Lunatic asylums Central Provinces reports 1886-1894 - 1886-1894
Year: 1886
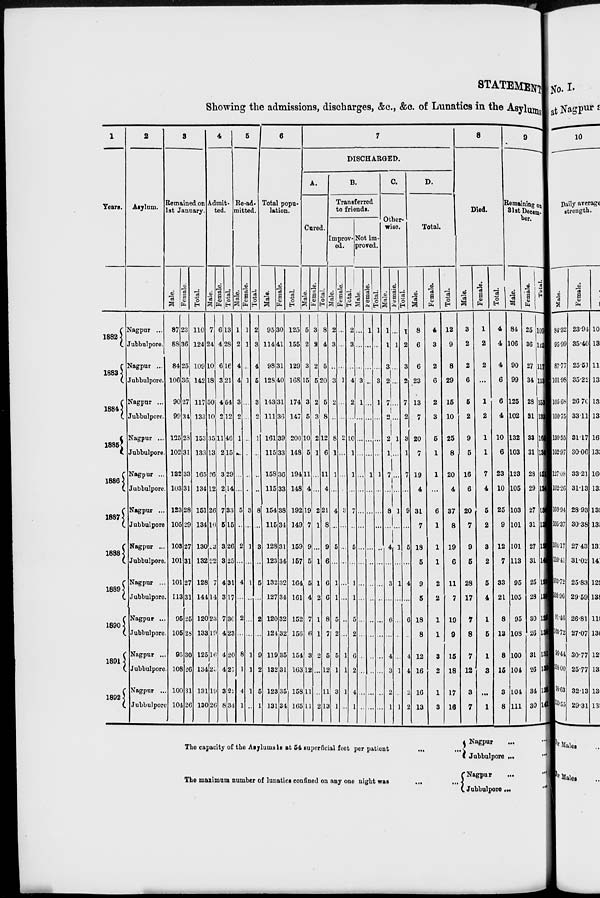
STATEMENT
Showing the admissions, discharges, &c., &c. of Lunatics in the Asylums
1
Years.
1882
1883
1884
1885
1886
1887
1888
1889
1890
1891
1892
2
Asylum.
Nagpur ...
Jubbulpore.
Nagpur ...
Jubbulpore.
Nagpur ...
Jubbulpore.
Nagpur ...
Jubbulpore.
Nagpur ...
Jubbulpore.
Nagpur ...
Jubbulpore
Nagpur ...
Jubbulpore.
Nagpur ...
Jubbulpore.
Nagpur ...
Jubbulpore.
Nagpur ...
Jubbulpore.
Nagpur ...
Jubbulpore.
3
Remained on
1st January.
Male.
87
88
84
106
90
99
135
102
132
103
123
105
103
101
101
113
95
105
95
108
100
104
Female.
23
36
25
36
27
34
28
31
33
31
28
29
27
31
27
31
25
28
30
26
31
26
Total.
110
124
109
142
117
133
153
133
165
134
151
134
130
132
128
144
120
133
125
134
131
130
4
Admit-
ted.
Male.
7
24
10
18
50
10
35
13
26
12
26
10
23
22
7
14
23
19
16
23
19
26
Female.
6
4
6
3
4
2
11
2
3
2
7
5
3
3
4
3
7
4
4
4
3
8
Total.
13
28
16
21
54
12
46
15
29
14
33
15
26
25
31
17
30
23
20
27
22
34
5
Re-ad-
mitted.
Male.
1
2
4
4
3
2
1
...
...
...
5
...
2
...
4
...
2
...
8
1
4
1
Female.
1
1
...
1
...
...
...
...
...
...
3
...
1
...
1
...
...
...
1
1
1
...
Total.
2
3
4
5
3
2
1
...
...
...
8
...
3
...
5
...
2
...
9
2
5
1
6
Total popu-
lation.
Male.
95
114
98
128
143
111
161
115
158
115
154
115
128
123
132
127
120
124
119
132
123
131
Female.
30
41
31
40
31
36
39
33
36
33
38
34
31
34
32
34
32
32
35
31
35
34
Total.
125
155
129
168
174
147
200
148
194
148
192
149
159
157
164
161
152
156
154
163
158
165
7
DISCHARGED.
A.
Cured.
Male.
5
2
3
15
3
5
10
5
11
4
19
7
9
5
5
4
7
6
3
12
11
11
Female.
3
2
2
5
2
3
2
1
...
...
2
1
...
1
1
2
1
1
2
...
...
2
Total.
8
4
5
20
5
8
12
6
11
4
21
8
9
6
6
6
8
7
5
12
11
13
B.
Transferred
to friends.
Improv-
ed.
Male.
2
3
...
3
2
...
8
1
1
...
4
...
5
...
1
1
5
2
5
1
3
1
Female.
...
...
...
1
...
...
2
...
...
...
3
...
...
...
...
...
...
...
1
1
1
...
Total.
2
3
...
4
2
...
10
1
1
...
7
...
5
...
1
1
5
2
6
2
4
1
Not im-
proved.
Male.
...
...
...
3
1
...
...
...
...
...
...
...
...
...
...
...
...
...
...
...
...
...
Female.
1
...
...
...
...
...
...
...
1
...
...
...
...
...
...
...
...
...
...
...
...
...
Total.
1
...
...
3
1
...
...
...
1
...
...
...
...
...
...
...
...
...
...
...
...
...
C.
Other-
wise.
Male.
1
1
3
2
7
2
2
1
7
...
8
...
4
...
3
...
6
...
4
3
2
1
Female.
...
1
...
...
...
...
1
...
...
...
1
...
1
...
1
...
...
...
...
1
...
1
Total.
1
2
3
2
7
2
3
1
7
...
9
...
5
...
4
...
6
...
4
4
2
2
D.
Total.
Male.
8
6
6
23
13
7
20
7
19
4
31
7
18
5
9
5
18
8
12
16
16
13
Female.
4
3
2
6
2
3
5
1
1
...
6
1
1
1
2
2
1
1
3
2
1
3
Total.
12
9
8
29
15
10
25
8
20
4
37
8
19
6
11
7
19
9
15
18
17
16
8
Died.
Male.
3
2
2
6
5
2
9
5
16
6
20
7
9
5
28
17
7
8
7
12
3
7
Female.
1
2
2
...
1
2
1
1
7
4
5
2
3
2
5
4
1
5
1
3
...
1
Total.
4
4
4
6
6
4
10
6
23
10
25
9
12
7
33
21
8
13
8
15
3
8
9
Remaining on
31st Decem-
ber.
Male.
84
106
90
99
125
102
132
103
123
105
103
101
101
113
95
105
95
108
100
104
104
111
Female.
25
36
27
34
28
31
33
31
28
29
27
31
27
31
25
28
30
26
31
26
34
30
Total.
109
142
117
133
153
133
165
134
151
134
130
132
128
144
120
133
125
134
131
130
138
141
The capacity of the Asylums is at 54 superficial feet per patient
...
...
The maximum number of lunatics confined on any one nigh
...
...
Nagpur ... ...
Jubbulpore ... ...
Nagpur
... ...
Jubbulpore ... ...